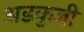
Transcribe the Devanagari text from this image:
अडकुजी